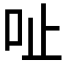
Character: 𠯽